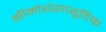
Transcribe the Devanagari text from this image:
कीमोथेराप्यूटिक